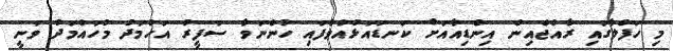
މި ހަފްލާގައި ރާއްޖެއިން އިންޑިއާއަށް ކަނޑައަޅުއްވާފައި ހުންނަވާ ސަފީރު އަހުމަދު މުހައްމަދު ވަނީ